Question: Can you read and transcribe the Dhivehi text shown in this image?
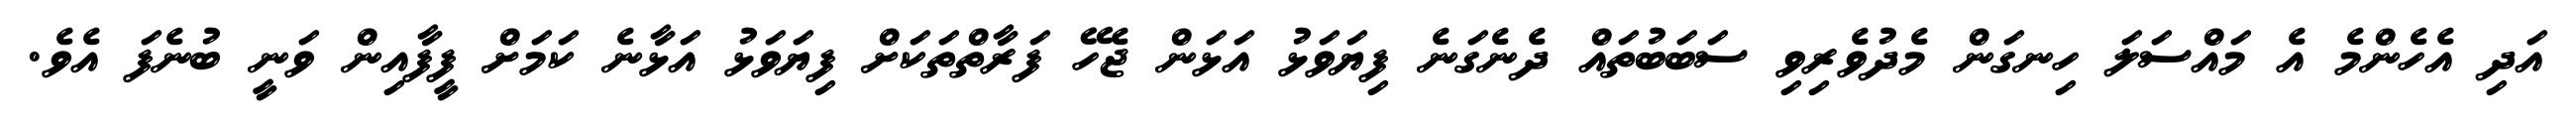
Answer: އަދި އެހެންމެ އެ މައްސަލަ ހިނގަން މެދުވެރިވި ސަބަބުތައް ދެނެގަނެ ފިޔަވަޅު އަޅަން ޖެހޭ ފަރާތްތަކަށް ފިޔަވަޅު އަޅާނެ ކަމަށް ފީފާއިން ވަނީ ބުނެފަ އެވެ.